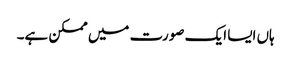
ہاں ایسا ایک صورت میں ممکن ہے۔